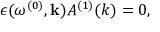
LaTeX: \epsilon ( \omega ^ { ( 0 ) } , { \bf k } ) A ^ { ( 1 ) } ( k ) = 0 ,